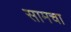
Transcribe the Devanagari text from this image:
सामचा